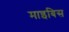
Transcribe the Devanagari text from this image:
माइबिस